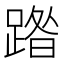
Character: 𮛼